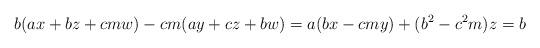
LaTeX: \begin{align*}b(ax+bz+cmw)-cm(ay+cz+bw)=a(bx-cmy)+(b^2-c^2m)z=b\end{align*}